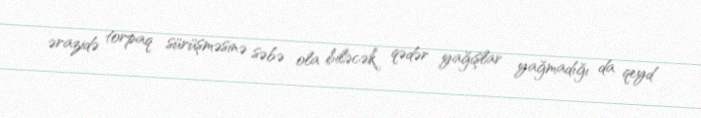
ərazidə torpaq sürüşməsinə səbə ola biləcək qədər yağışlar yağmadığı da qeyd